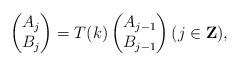
LaTeX: \begin{align*}\begin{pmatrix} A_j\cr B_j\end{pmatrix}= T(k)\begin{pmatrix} A_{j-1}\cr B_{j-1}\end{pmatrix}(j\in \mathbf{Z}),\end{align*}